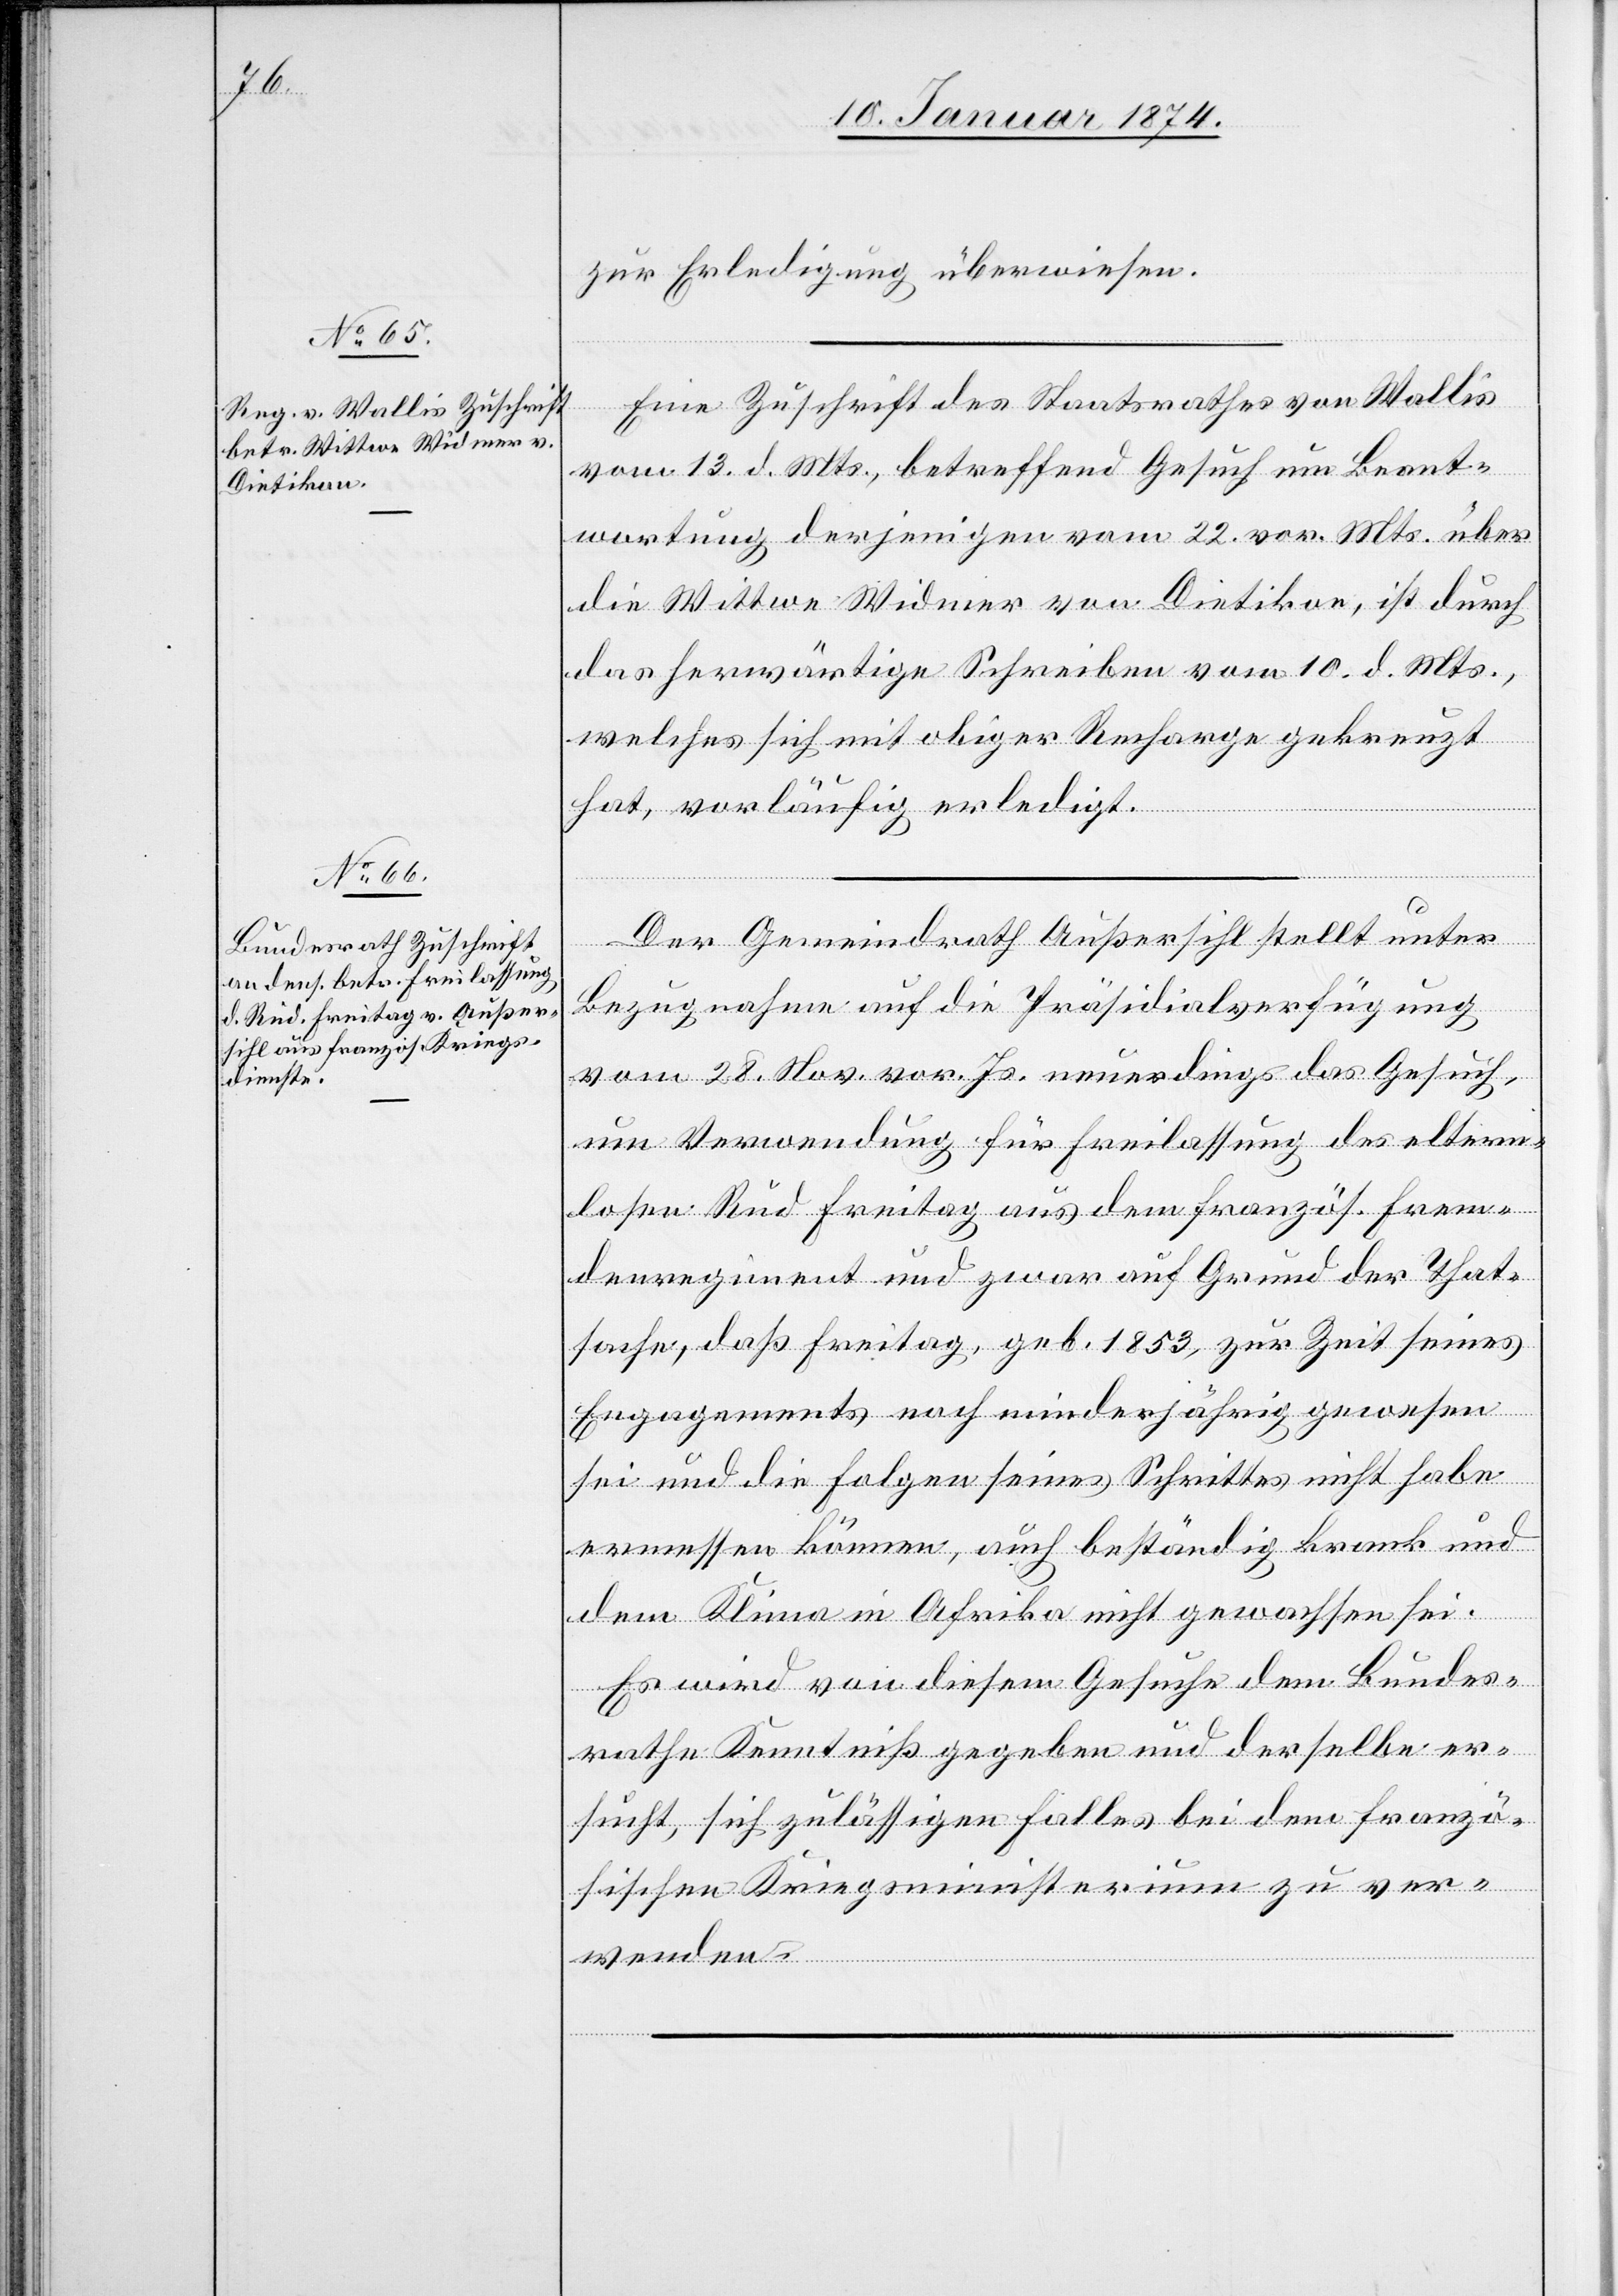
15. Januar 1874.]
zur Erledigung überwiesen.
Eine Zuschrift des Staatsrathes von Wallis
vom 13. d. Mts., betreffend Gesuch um Beant¬
wortung derjenigen vom 22. vor. Mts. über
die Wittwe Widmer von Dietikon, ist durch
das herwärtige Schreiben vom 10. d. Mts.,
welches sich mit obiger Recharge gekreuzt
hat, vorläufig erledigt.
Der Gemeindrath Außersihl stellt unter
Bezugnahme auf die Präsidialverfügung
vom 18. Nov. vor. Js. neuerdings das Gesuch
um Verwendung für Freilassung des eltern¬
losen Rud. Freitag aus dem französ. Frem¬
denregiment und zwar auf Grund der That¬
sache, daß Freitag, geb. 1853, zur Zeit seines
Engagements noch minderjährig gewesen
sei und die Folgen seines Schrittes nicht habe
ermessen können, auch beständig krank und
dem Klima in Afrika nicht gewachsen sei.
Es wird von diesem Gesuche dem Bundes¬
rathe Kenntniß gegeben und derselbe er¬
sucht, sich zulässigen Falles bei dem franzö¬
sischen Kriegsministerium zu ver¬
wenden.